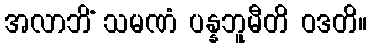
အလာဘိံ သမဏံ ပန္နဘူမီတိ ဝဒတိ။